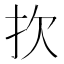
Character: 扻